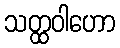
သတ္ထဝါဟော